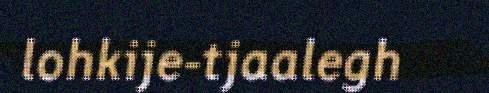
lohkije-tjaalegh